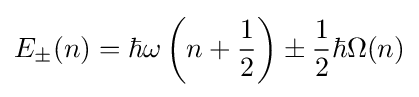
E_{\pm }(n)=\hbar \omega \left(n+{\frac {1}{2}}\right)\pm {\frac {1}{2}}\hbar \Omega (n)